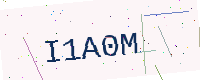
Text: I1A0M